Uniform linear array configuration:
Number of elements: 4
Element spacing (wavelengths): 0.5
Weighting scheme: uniform
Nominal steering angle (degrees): -30
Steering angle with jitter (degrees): -31.621
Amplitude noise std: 0.05
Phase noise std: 0.05

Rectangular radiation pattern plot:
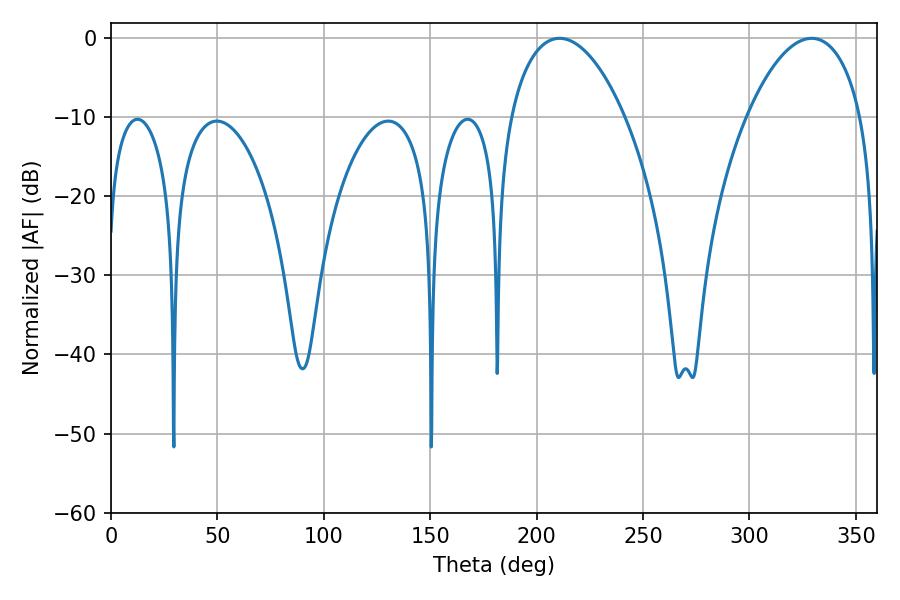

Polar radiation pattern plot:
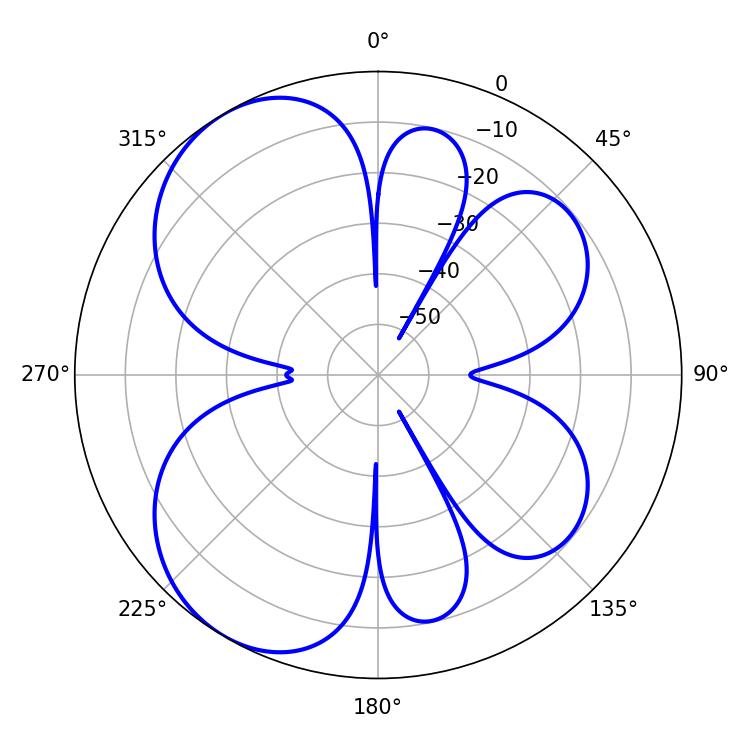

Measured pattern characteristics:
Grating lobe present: FALSE
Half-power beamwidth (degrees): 30.24
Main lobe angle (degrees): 210.78